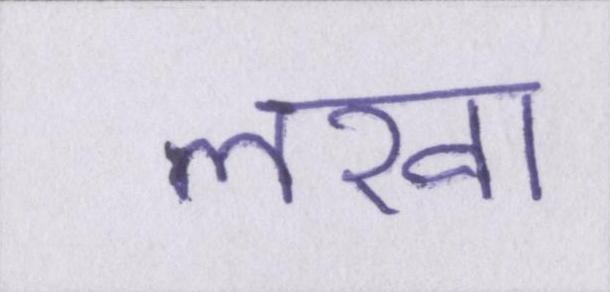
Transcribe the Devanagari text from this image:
लखा